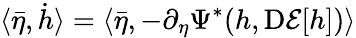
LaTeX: \langle\bar{\eta},\dot{h}\rangle=\langle\bar{\eta},-\partial_{\eta}\Psi^{*}(h,\mathrm{D}\mathcal{E}[h])\rangle